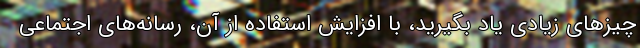
چیزهای زیادی یاد بگیرید، با افزایش استفاده از آن، رسانه‌های اجتماعی